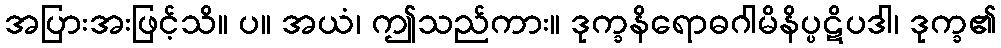
အပြားအးဖြင့်သိ။ ပ။ အယံ၊ ဤသည်ကား။ ဒုက္ခနိရောဓဂါမိနိပ္ပဋိပဒါ၊ ဒုက္ခ၏